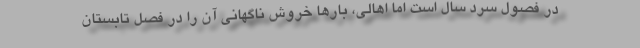
در فصول سرد سال است اما اهالی، بارها خروش ناگهانی آن را در فصل تابستان